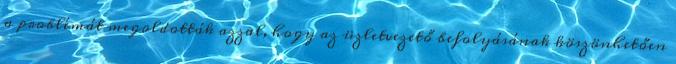
a problémát megoldották azzal, hogy az üzletvezető befolyásának köszönhetően